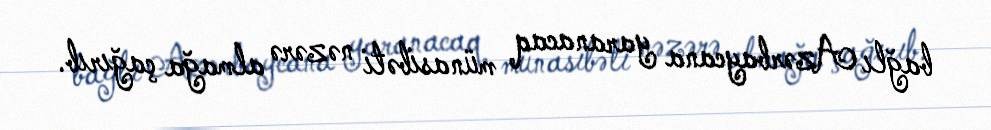
bağlı Azərbaycana yaranacaq münasibəti nəzərə almağa çağırıb.